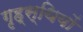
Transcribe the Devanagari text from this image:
गृह्स्थियों